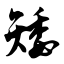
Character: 矮